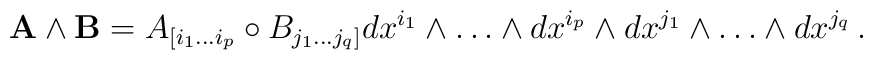
{\bf A}\wedge{\bf B} = A_{[i_1\ldots i_p}\circ B_{j_1\ldots j_q]}dx^{i_1}\wedge\ldots\wedge dx^{i_p} \wedge dx^{j_1}\wedge\ldots\wedge dx^{j_q}\,.